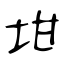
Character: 坩